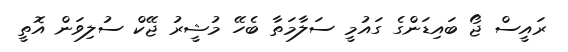
ރައީސް ޖޯ ބައިޑަންގެ ގައުމީ ސަލާމަތާ ބެހޭ މުޝީރު ޖޭކް ސުލިވަން އޮތީ